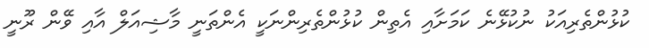
ކުޅުންތެރިއަކު ނުކުޅޭނެ ކަަމަށާއި އެތިން ކުޅުންތެރިންނަކީ އެންތަނީ މާޝިއަލް އާއި ވޭން ރޫނީ